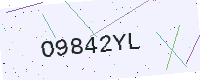
Text: O9842YL